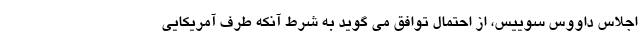
اجلاس داووس سوییس، از احتمال توافق می گوید به شرط آنکه طرف آمریکایی